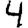
Digit: 4